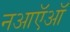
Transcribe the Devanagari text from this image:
नआऍऑ